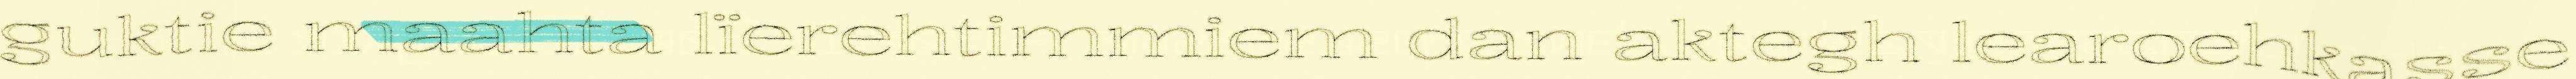
guktie maahta lïerehtimmiem dan aktegh learoehkasse